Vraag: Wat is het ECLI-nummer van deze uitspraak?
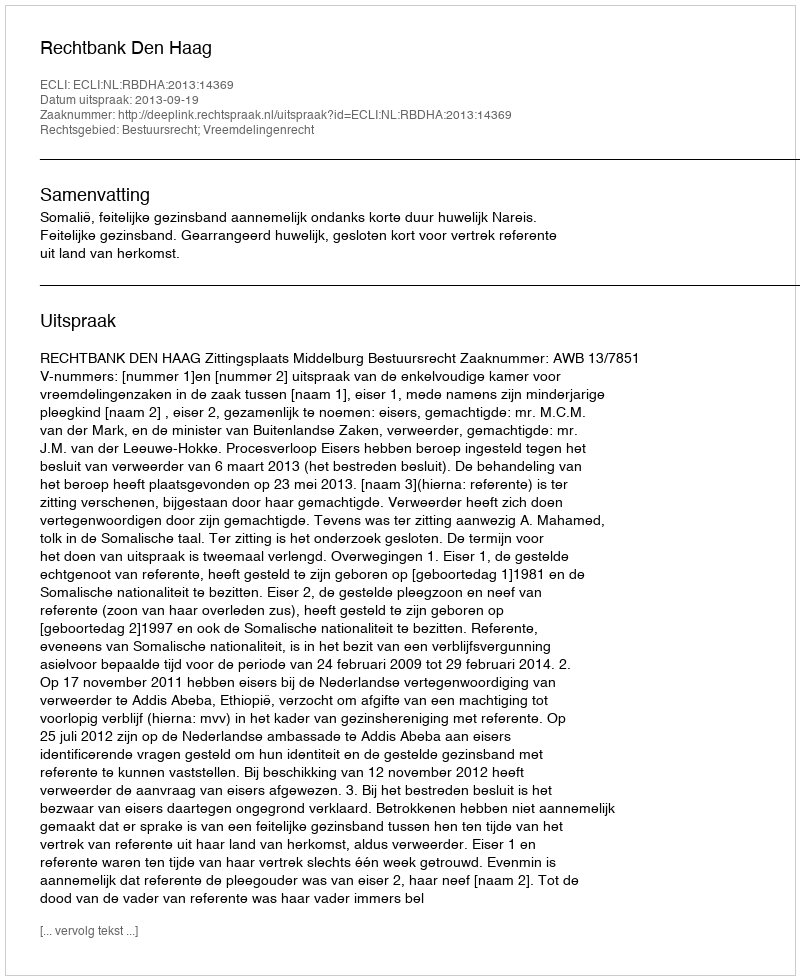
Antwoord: ECLI:NL:RBDHA:2013:14369